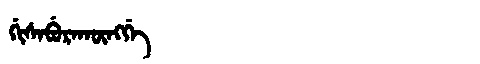
Manchu: ᡤᡳᠰᠠᠪᡠᡵᠠᡴᡡᠩᡤᡝ
Romanization: GISABURAKŪNGGE